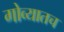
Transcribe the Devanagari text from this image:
गोव्यातच